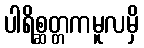
ပါရိစ္ဆတ္တကမူလမှိ